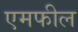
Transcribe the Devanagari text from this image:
एमफील